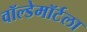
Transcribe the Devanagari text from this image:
वॉल्डेमॉर्टला